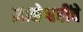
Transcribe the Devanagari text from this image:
ज्ञानेश्वरींचे